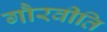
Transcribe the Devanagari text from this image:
गौरवीति